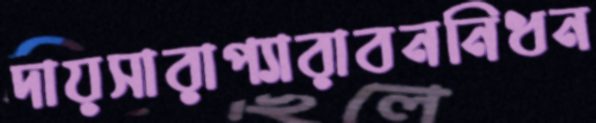
দায়সারাপ্যারাবননিধন